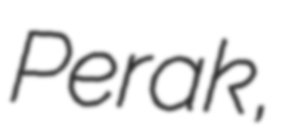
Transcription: Perak,